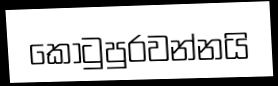
කොටුපුරවන්නයි